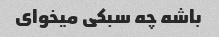
باشه چه سبکی میخوای